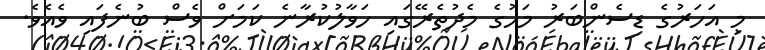
މި އަހަރުގެ ޑިސެންބަރު މަހުގެ މެދުތެރޭގައި ހަވާލުކުރާނެ ކަމަށް ވެސް ބުނެފައި ވެއެވެ.